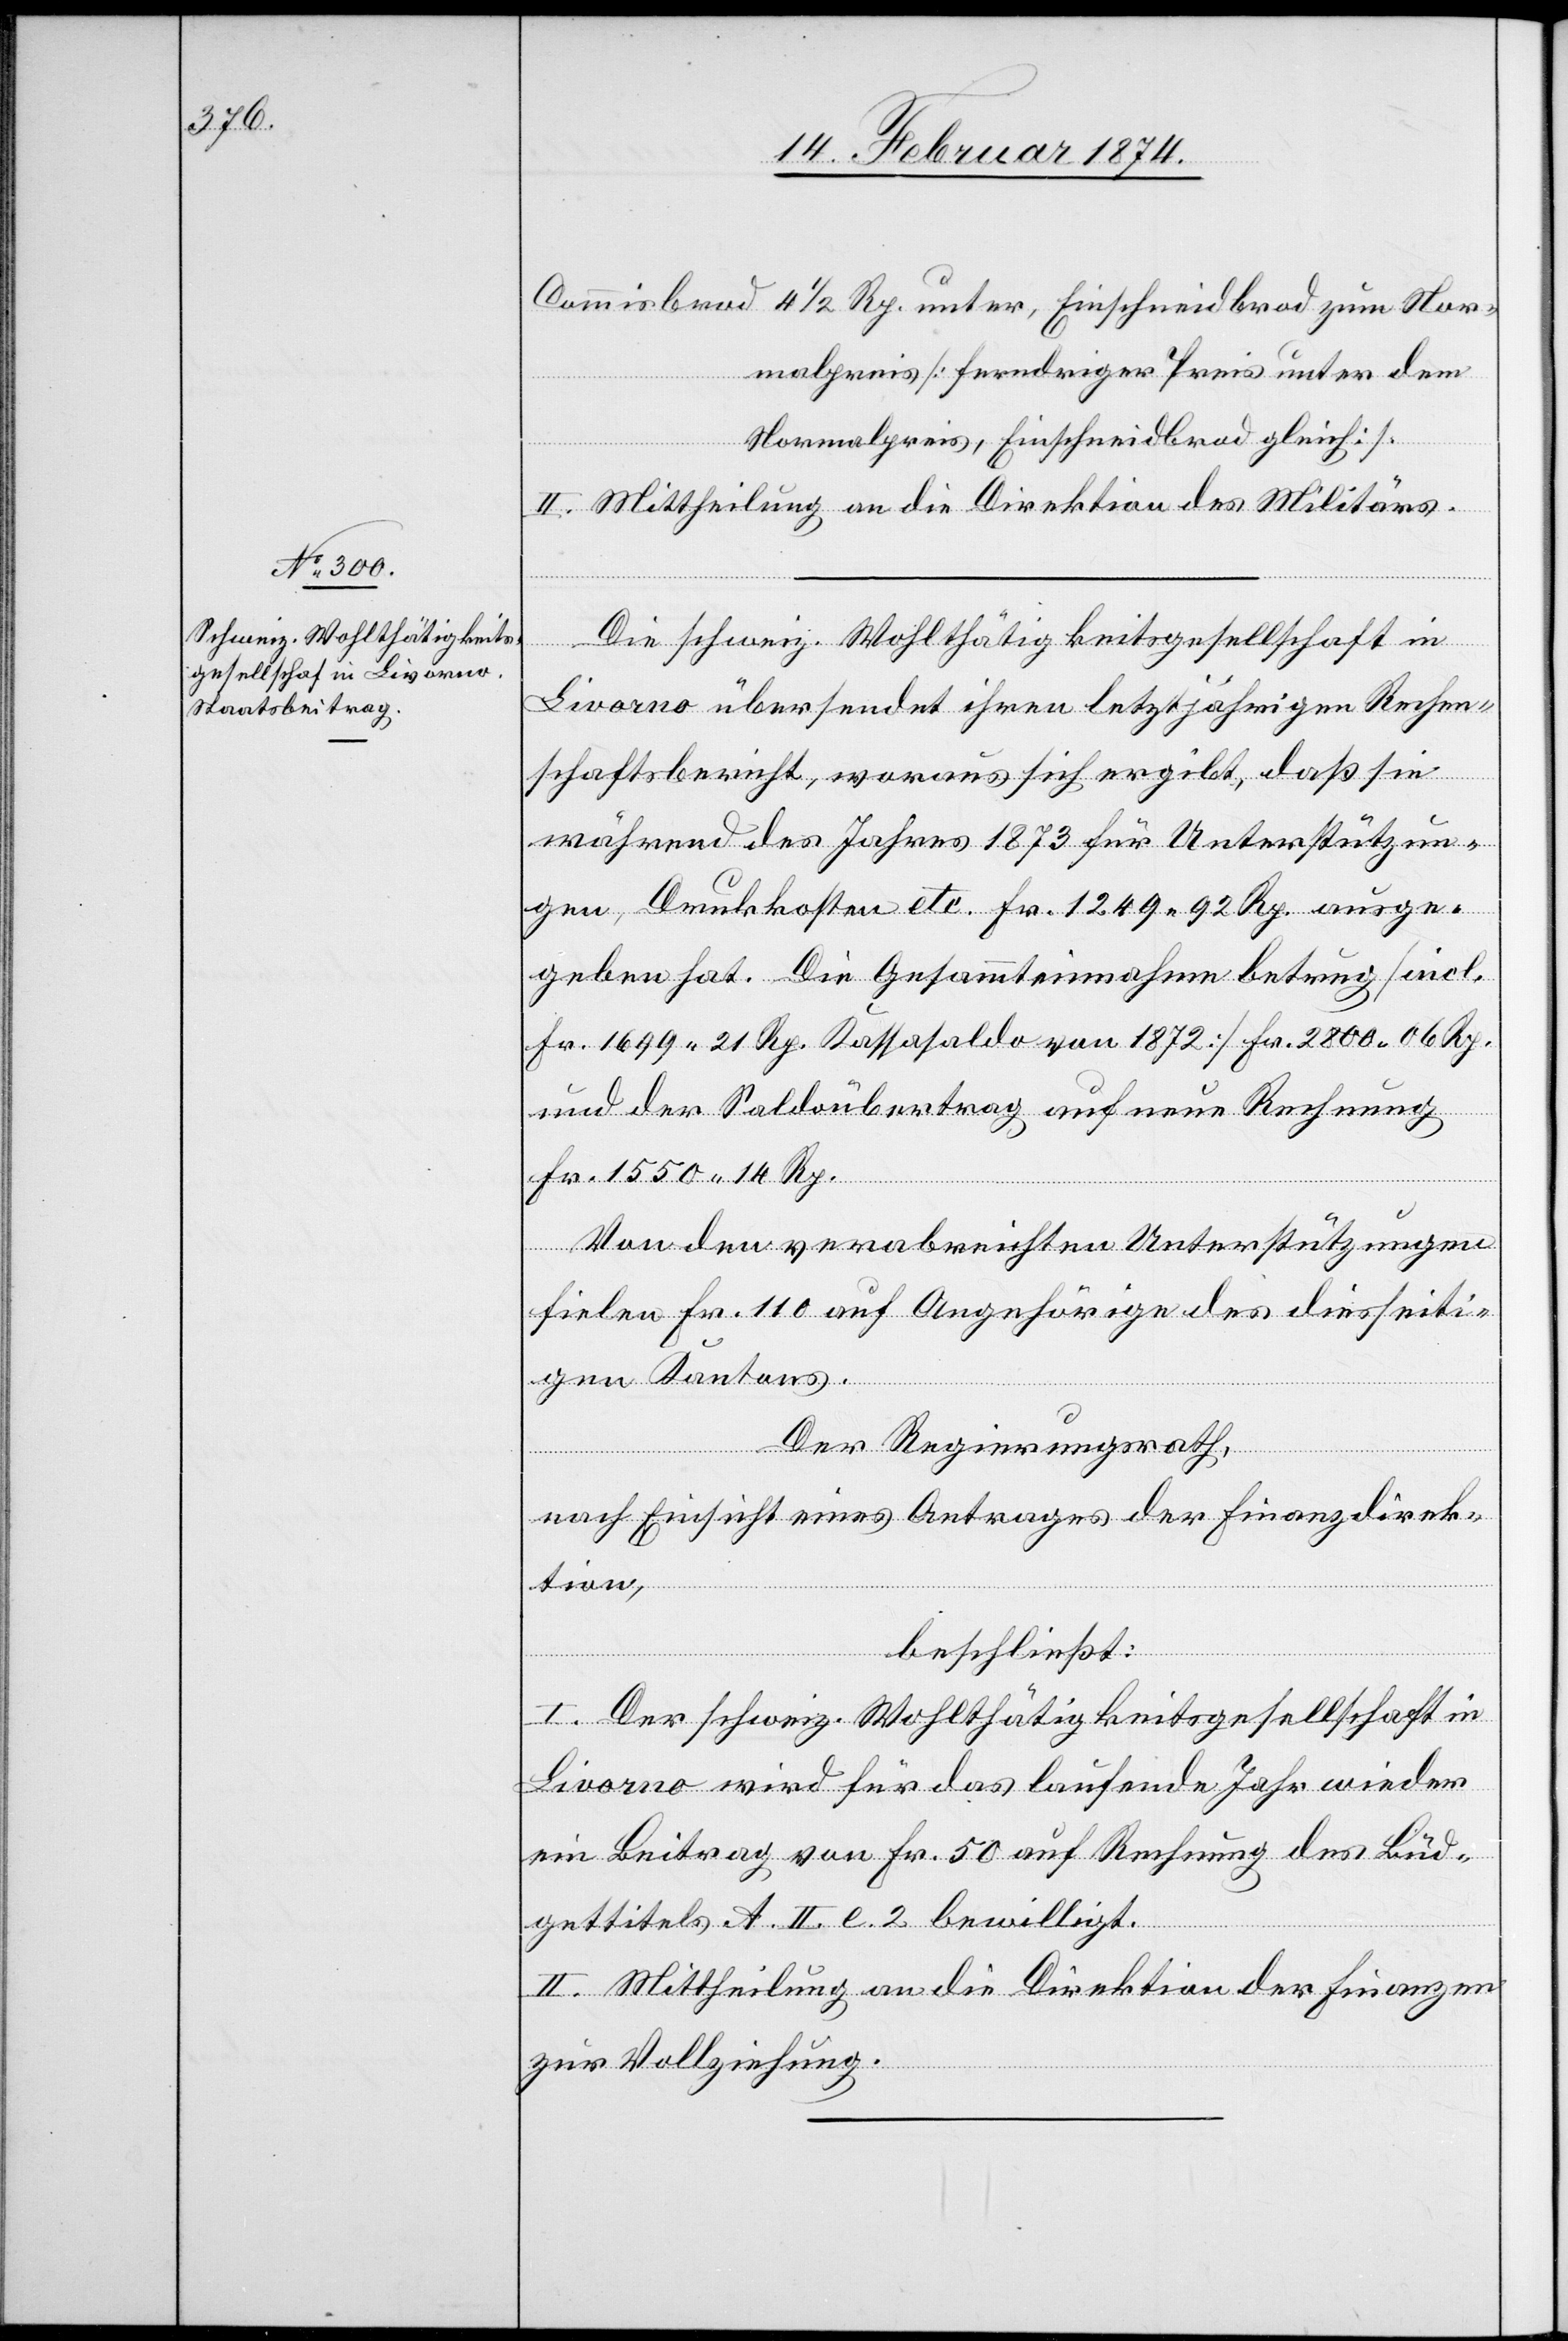
Commisbrod 4 1/2 Rp. unter, Einschneidbrod zum Nor¬
malpreis [ferndriger Preis unter dem
Normalpreis, Einschneidbrod gleich].
II. Mittheilung an die Direktion des Militärs.
Die schweiz. Wohltätigkeitsgesellschaft in
Livorno übersendet ihren letztjährigen Rechen¬
schaftsbericht, woraus sich ergibt, daß sie
während des Jahres 1873 für Unterstützun¬
gen, Druckkosten etc. Fr. 1249.92 Rp. ausge¬
geben hat. Die Gesammteinnahme betrug [incl.
Fr. 1699.21 Rp. Kassasaldo von 1872] Fr. 2800.06 Rp.
und der Saldoübertrag auf neue Rechnung
Fr. 1550.14 Rp.
Von den verabreichten Unterstützungen
fielen Fr. 110 auf Angehörige des diesseiti¬
gen Kantons.
Der Regierungsrath,
nach Einsicht eines Antrages der Finanzdirek¬
tion,
beschließt:
I. Der schweiz. Wohltätigkeitsgesellschaft in
Livorno wird für das laufende Jahr wieder
ein Beitrag von Fr. 50 auf Rechnung des Bud¬
gettitels A. II. e. 2 bewilligt.
II. Mittheilung an die Direktion der Finanzen
zur Vollziehung.